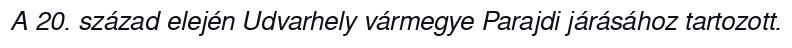
A 20. század elején Udvarhely vármegye Parajdi járásához tartozott.